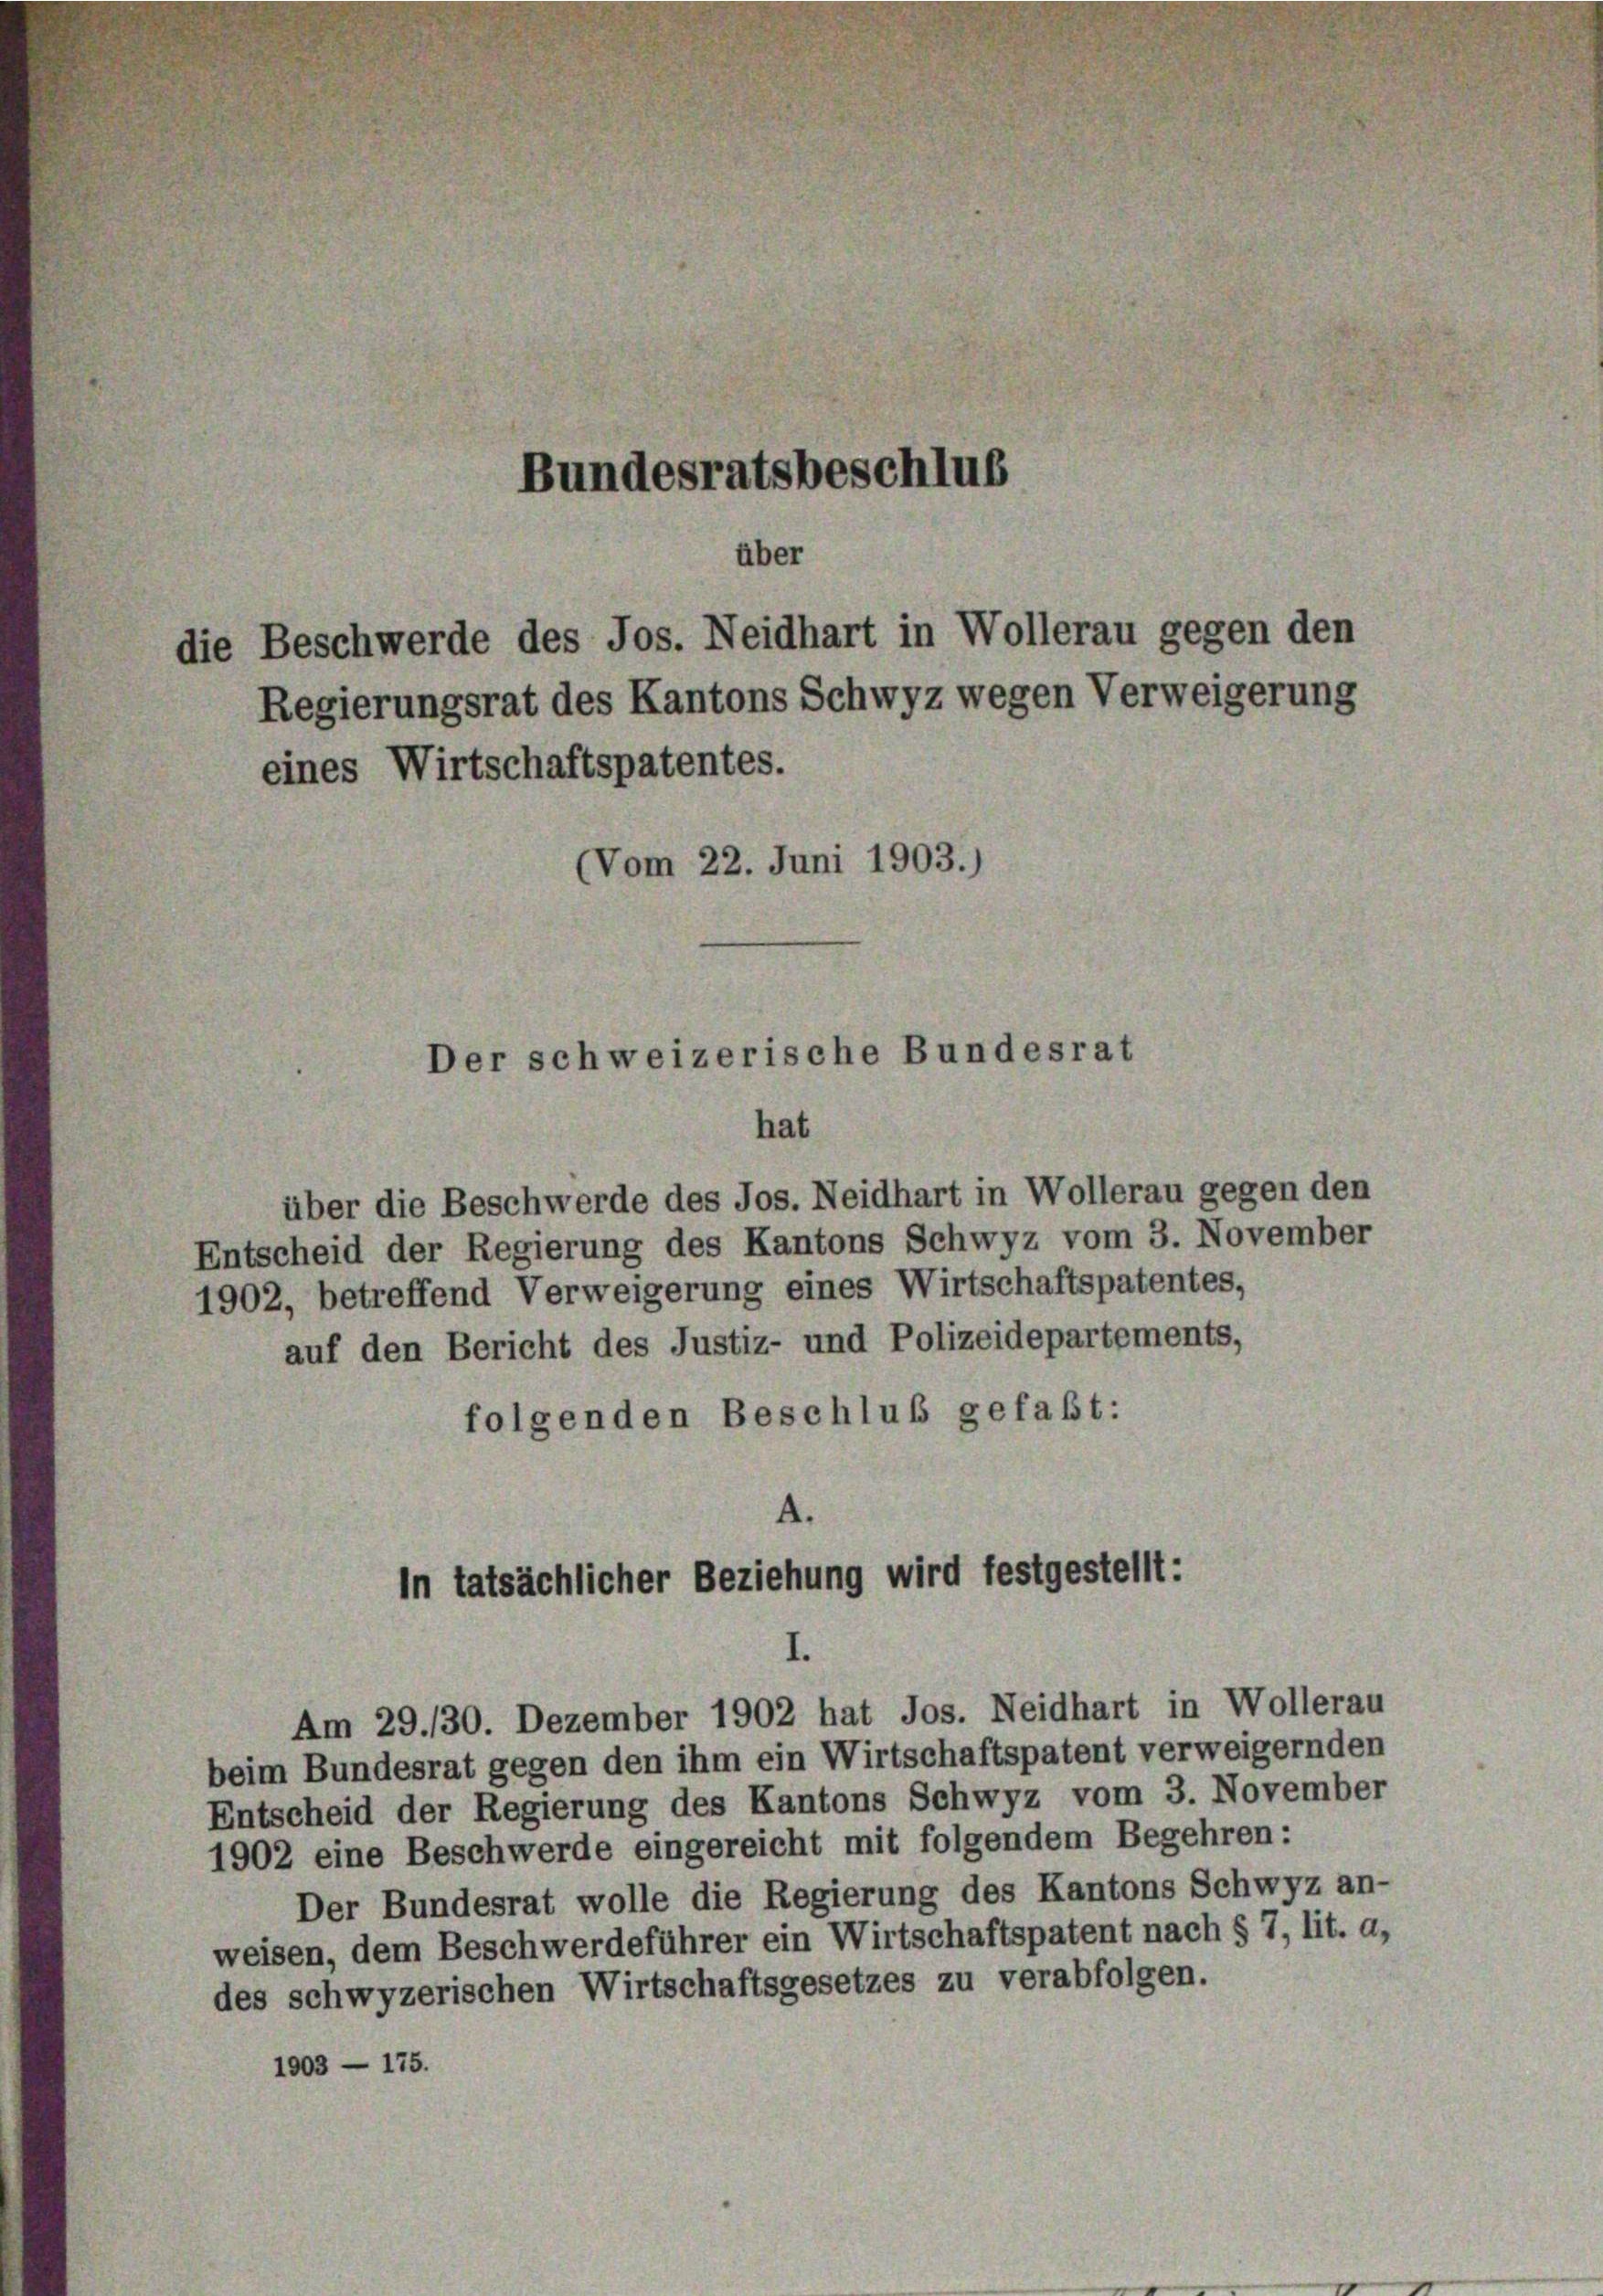
Bundesratsbeschlus
über

eines Wirtschaftspatentes.
(Vom 22. Juni 1903.)

die Beschwerde des Jos. Neidhart in Wollerau gegen den

Der schweizerische Bundesrat
hat

über die Beschwerde des Jos. Neidhart in Wollerau gegen den
Entscheid der Regierung des Kantons Schwyz vom 3. November
1902, betreffend Verweigerung eines Wirtschaftspatentes,
auf den Bericht des Justiz- und Polizeidepartements,
folgenden Beschluß gefaßt:
A.

Regierungsrat des Kantons Schwyz wegen Verweigerung

In tatsächlicher Beziehung wird festgestellt:
I.

Am 29./30. Dezember 1902 hat Jos. Neidhart in Wollerau
beim Bundesrat gegen den ihm ein Wirtschaftspatent verweigernden
Entscheid der Regierung des Kantons Schwyz vom 3. November
1902 eine Beschwerde eingereicht mit folgendem Begehren:
Der Bundesrat wolle die Regierung des Kantons Schwyz an-
weisen, dem Beschwerdeführer ein Wirtschaftspatent nach § 7, lit. a,
des schwyzerischen Wirtschaftsgesetzes zu verabfolgen.
1903 — 175.